Report of the Indian Hemp Drugs Commission, 1894-1895 - Volume VII
Year: 1894
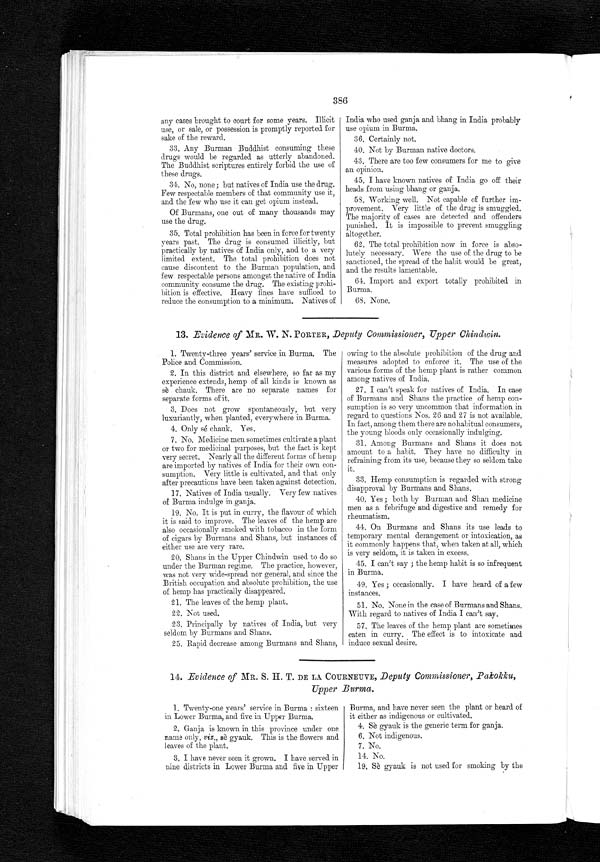
386
any cases brought to court for some years. Illicit
use, or sale, or possession is promptly reported for
sake of the reward.
33.Any Burman Buddhist consuming these
drugs would be regarded as utterly abandoned.
The Buddhist scriptures entirely forbid the use of
these drugs.
34.
No, none ; but natives of India use the drug.
Few respectable members of that community use it,
and the few who use it can get opium instead.
Of Burmans, one out of many thousands may
use the drug.
35.
Total prohibition has been in force for twenty
years past. The drug is consumed illicitly, but
practically by natives of India only, and to a very
limited extent. The total prohibition does not
cause discontent to the Burman population, and
few respectable persons amongst the native of India
c o m m u n i t y c o n s u m e t h e d r u g . T h e e x i s t i n g p r o h i -
b i t i o n i s e f f e c t i v e . H e a v y f i n e s h a v e s u f f i c e d t o
reduce the consumption to a minimum. Natives of
India who used ganja and bhang in India probably
use opium in Burma.
36.
Certainly not.
40. Not by Burman native doctors.
43. There are too few consumers for me to give
an opinion.
45. I have known natives of India go off their
heads from using bhang or ganja.
58. Working well. Not capable of further im-
provement. Very little of the drug is smuggled.
The majority of cases are detected and offenders
punished. It is impossible to prevent smuggling
altogether.
62. The total prohibition now in force is abso-
lutely necessary. Were the use of the drug to be
sanctioned, the spread of the habit would be great,
and the results lamentable.
64. Import and export totally prohibited in
Burma.
68. None.
13. Evidence of MR. W. N. PORTER, Deputy Commissioner, Upper Chindwin.
1.Twenty-three years' service in Burma. The
Police and Commission.
2.In this district and elsewhere, so far as my
experience extends, hemp of all kinds is known as
s è c h a u k . T h e r e a r e n o s e p a r a t e n a m e s f o r
separate forms of it.
3.Does not grow spontaneously, but very
luxuriantly, when planted, everywhere in Burma.
4.Only sé chauk. Yes.
7. No. Medicine men sometimes cultivate a plant
or two for medicinal purposes, but the fact is kept
very secret. Nearly all the different forms of hemp
are imported by natives of India for their own con-
sumption. Very little is cultivated, and that only
after precautions have been taken against detection.
17. Natives of India usually. Very few natives
of Burma indulge in ganja.
19.No. It is put in curry, the flavour of which
it is said to improve. The leaves of the hemp are
also occasionally smoked with tobacco in the form
of cigars by Burmans and Shans, but instances of
either use are very rare.
20.Shans in the Upper Chindwin used to do so
under the Burman regime. The practice, however,
was not very wide-spread nor general, and since the
British occupation and absolute prohibition, the use
of hemp has practically disappeared.
21.The leaves of the hemp plant.
22.Not used.
23.Principally by natives of India, but very
seldom by Burmans and Shans.
25. Rapid decrease among Burmans and Shans,
owing to the absolute prohibition of the drug and
measures adopted to enforce it. The use of the
various forms of the hemp plant is rather common
among natives of India.
27. I can't speak for natives of India. In case
of Burmans and Shans the practice of hemp con-
sumption is so very uncommon that information in
regard to questions Nos. 26 and 27 is not available.
In fact, among them there are no habitual consumers,
the young bloods only occasionally indulging.
31. Among Burmans and Shans it does not
amount to a habit. They have no difficulty in
refraining from its use, because they so seldom take
it.
33. Hemp consumption is regarded with strong
disapproval by Burmans and Shans.
40. Yes ; both by Burman and Shan medicine
men as a febrifuge and digestive and remedy for
rheumatism.
44.On Burmans and Shans its use leads to
temporary mental derangement or intoxication, as
it commonly happens that, when taken at all, which
is very seldom, it is taken in excess.
45.I can't say ; the hemp habit is so infrequent
in Burma.
49. Yes ; occasionally. I have heard of a few
instances.
51. No. None in the case of Burmans and Shans.
With regard to natives of India I can't say.
57. The leaves of the hemp plant are sometimes
eaten in curry. The effect is to intoxicate and
induce sexual desire.
14. Evidence of MR. S. H. T. DE LA COURNEUVE, Deputy Commissioner, Pakokku,
Upper Burma.
1.Twenty-one years' service in Burma : sixteen
in Lower Burma, and five in Upper Burma.
2.Ganja is known in this province under one
name only, viz., sè gyauk. This is the flowers and
leaves of the plant.
3.I have never seen it grown. I have served in
nine districts in Lower Burma and five in Upper
Burma, and have never seen the plant or heard of
it either as indigenous or cultivated.
4.Sè gyauk is the generic term for ganja.
6.Not indigenous.
7.No.
14. No.
19. Sè gyauk is not used for smoking by the